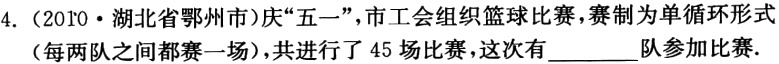
4.（2010·湖北省鄂州市）庆“五一”，市工会组织篮球比赛，赛制为单循环形式（每两队之间都赛一场），共进行了45场比赛，这次有________队参加比赛.